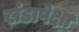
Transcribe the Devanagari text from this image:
खंडापेक्षा